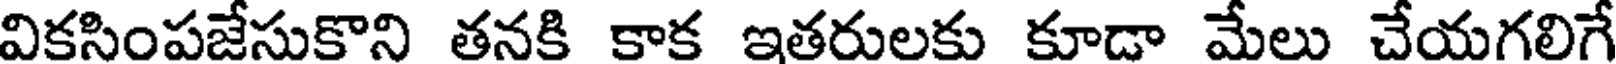
వికసింపజేసుకొని తనకి కాక ఇతరులకు కూడా మేలు చేయగలిగే